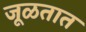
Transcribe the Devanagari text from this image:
जूळतात